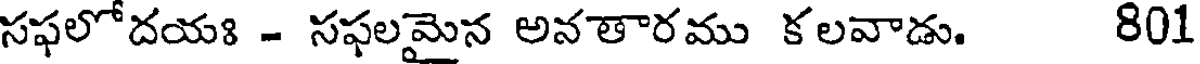
సఫలోదయః - సఫలమైన అనతారము కలవాడు. 801